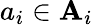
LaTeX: a_{i}\in\mathbf{A}_{i}